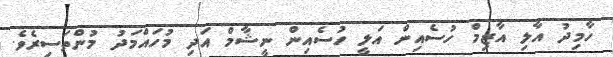
ހާމިދު އާލި އާޒިމް ހުސެއިން އަލީ ހުސެއިން ނީޝާމް އަދި މުހައްމަދު މުންތަސިރެވެ.